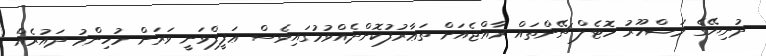
ދުނިޔޭގެ މަޝްހޫރު ހޮޓެލް ޗޭންތައް ރާއްޖެއަށް ތަޢާރުފުކޮށްދެއްވުމުގައިވެސް ޢަފީފްވަނީ ވަރަށް މުހިންމު ދައުރެއް